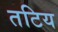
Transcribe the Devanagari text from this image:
तटिय